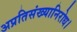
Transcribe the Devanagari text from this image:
अप्रतिसंख्यानिरोध।